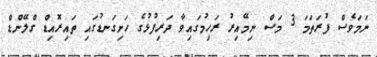
ނަމަވެސް ފުރަތަމަ 3 މަސް ނިމޭއިރު ރަހިމުގައިވާ ދަރިފުޅުގެ ހަށިގަނޑުގައި ތައިރޮއިޑް ގްލޭންޑް